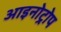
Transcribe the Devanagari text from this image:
आइनोट्रोप